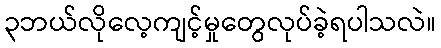
၃ဘယ်လိုလေ့ကျင့်မှုတွေလုပ်ခဲ့ရပါသလဲ။